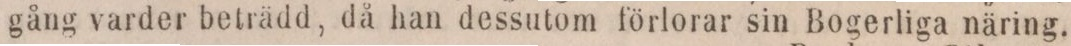
gång varder beträdd, då han dessutom förlorar sin Bogerliga näring.